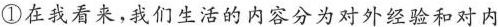
①在我看来，我们生活的内容分为对外经验和对内